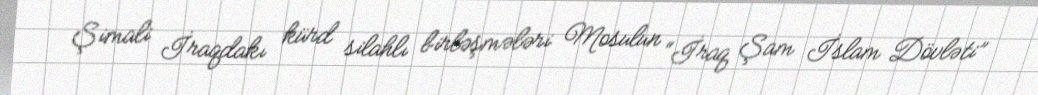
Şimali İraqdakı kürd silahlı birləşmələri Mosulun “İraq Şam İslam Dövləti”